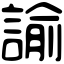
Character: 諭